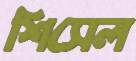
শিসেল